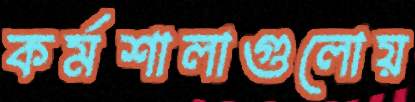
কর্মশালাগুলোয়